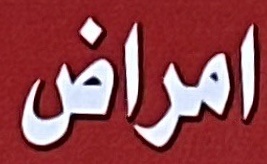
امراض